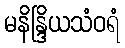
မနိန္ဒြိယသံဝရံ